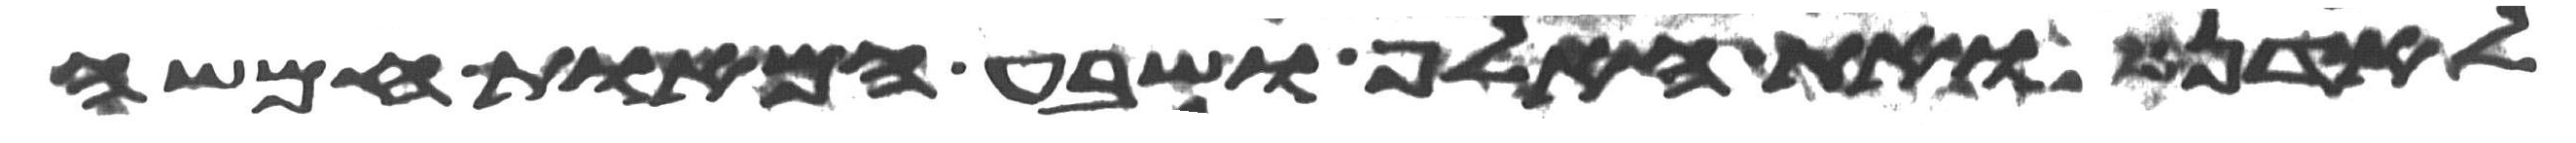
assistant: לאדן ואת האלף ושבע המאות חמשה